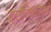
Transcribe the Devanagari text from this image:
क्रोनिकलकडे